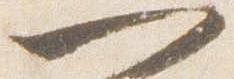
一